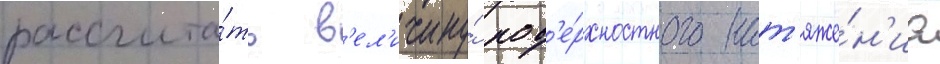
рассчита́ть в'ел'ичину́ пов'е́рхностного нат'яже́н'иа